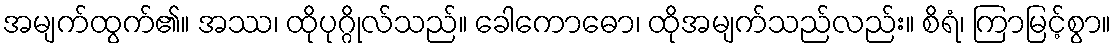
အမျက်ထွက်၏။ အဿ၊ ထိုပုဂ္ဂိုလ်သည်။ ခေါကောဓော၊ ထိုအမျက်သည်လည်း။ စိရံ၊ ကြာမြင့်စွာ။